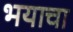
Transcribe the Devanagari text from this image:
भयाचा